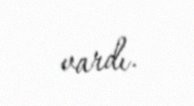
vardı.